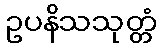
ဥပနိသသုတ္တံ